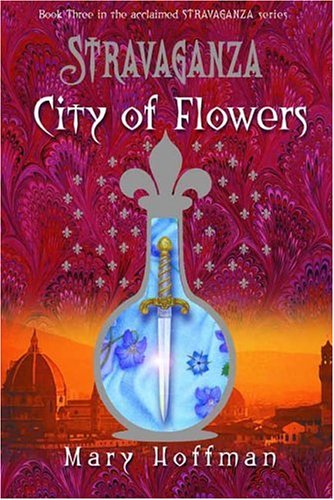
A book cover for Stravaganza: City of Flowers; Mary Hoffman; Teen & Young Adult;